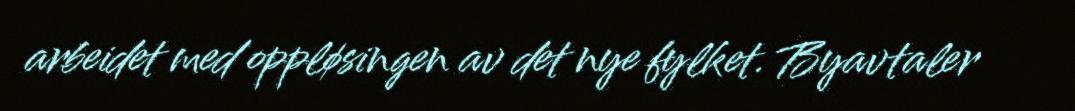
arbeidet med oppløsingen av det nye fylket. Byavtaler